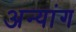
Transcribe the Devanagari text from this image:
अन्यांग